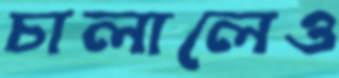
চালালেও